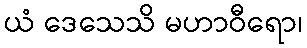
ယံ ဒေသေသိ မဟာဝီရော၊